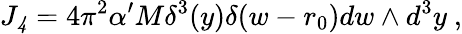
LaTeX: J_{\mathit 4}=4\pi^{2}\alpha^{\prime}M\delta^{3}(y)\delta(w-r_{0})dw\wedge d^{3}y\ ,